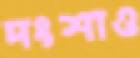
দংশাও